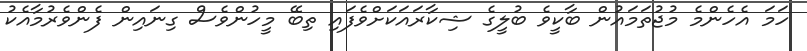
ހަމަ އެހެންމެ މުޖުތަމައުން ބާކީވެ ބުލީގެ ޝިކާރައަކަށްވެފައި ތިބޭ މީހުންވެސް ގިނައިން ފެންވެރުމާއެކު